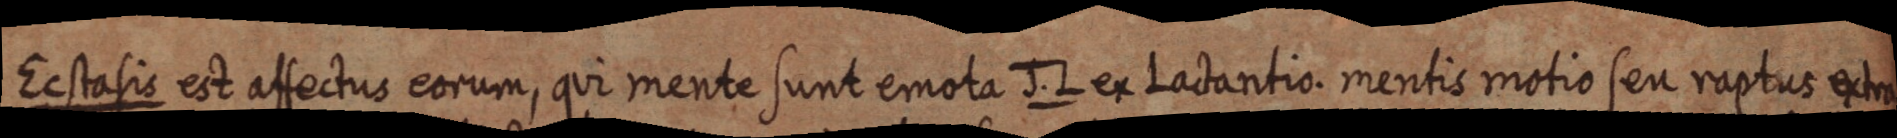
Ecstasis est affectus eorum, qui mente sunt emota J. L ex Lactantio. mentis motio seu raptus extra